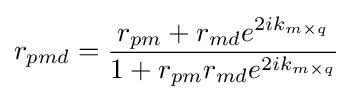
r_{pmd}={\frac {r_{pm}+r_{md}e^{2ik_{m\times q}}}{1+r_{pm}r_{md}e^{2ik_{m\times q}}}}